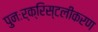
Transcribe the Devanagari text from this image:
पुनःर्क्रिस्टलीकरण